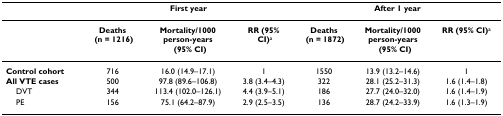
<table><thead><tr><td></td><td colspan="3"><b>First year</b></td><td colspan="3"><b>After 1 year</b></td></tr></thead><tbody><tr><td></td><td><b>Deaths</b><b> (n = 1216)</b></td><td><b>Mortality/1000</b><b>person-years</b><b>(95% CI)</b></td><td><b>RR (95%</b><b> CI)</b><sup>a</sup></td><td><b>Deaths</b><b> (n = 1872)</b></td><td><b>Mortality/1000</b><b>person-years</b><b>(95% CI)</b></td><td><b>RR (95% CI)</b><sup>a</sup></td></tr><tr><td><b>Control cohort</b></td><td>716</td><td>16.0 (14.9–17.1)</td><td>1</td><td>1550</td><td>13.9 (13.2–14.6)</td><td>1</td></tr><tr><td><b>All VTE cases</b></td><td>500</td><td>97.8 (89.6–106.8)</td><td>3.8 (3.4–4.3)</td><td>322</td><td>28.1 (25.2–31.3)</td><td>1.6 (1.4–1.8)</td></tr><tr><td> DVT</td><td>344</td><td>113.4 (102.0–126.1)</td><td>4.4 (3.9–5.1)</td><td>186</td><td>27.7 (24.0–32.0)</td><td>1.6 (1.4–1.9)</td></tr><tr><td> PE</td><td>156</td><td>75.1 (64.2–87.9)</td><td>2.9 (2.5–3.5)</td><td>136</td><td>28.7 (24.2–33.9)</td><td>1.6 (1.3–1.9)</td></tr></tbody></table>